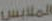
الملابس